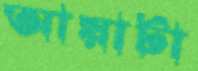
আয়াটা